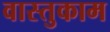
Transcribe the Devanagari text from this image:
वास्तुकाम